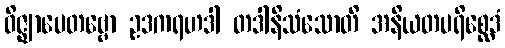
ဝိဇ္ဈာပေတဗ္ဗော ဥဒကရဟဒါ တဒါနိသံသောတိ အနိယတပရိစ္ဆေဒံ